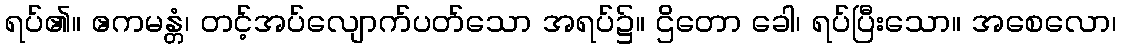
ရပ်၏။ ဧကမန္တံ၊ တင့်အပ်လျောက်ပတ်သော အရပ်၌။ ဌိတော ခေါ၊ ရပ်ပြီးသော။ အစေလော၊